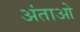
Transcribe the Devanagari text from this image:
अंताओ